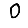
Digit: 0